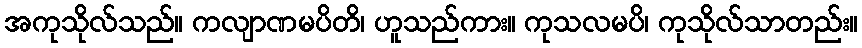
အကုသိုလ်သည်။ ကလျာဏမပိတိ၊ ဟူသည်ကား။ ကုသလမပိ၊ ကုသိုလ်သာတည်း။